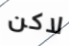
لاكن